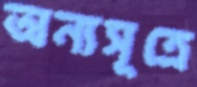
অন্যসূত্রে